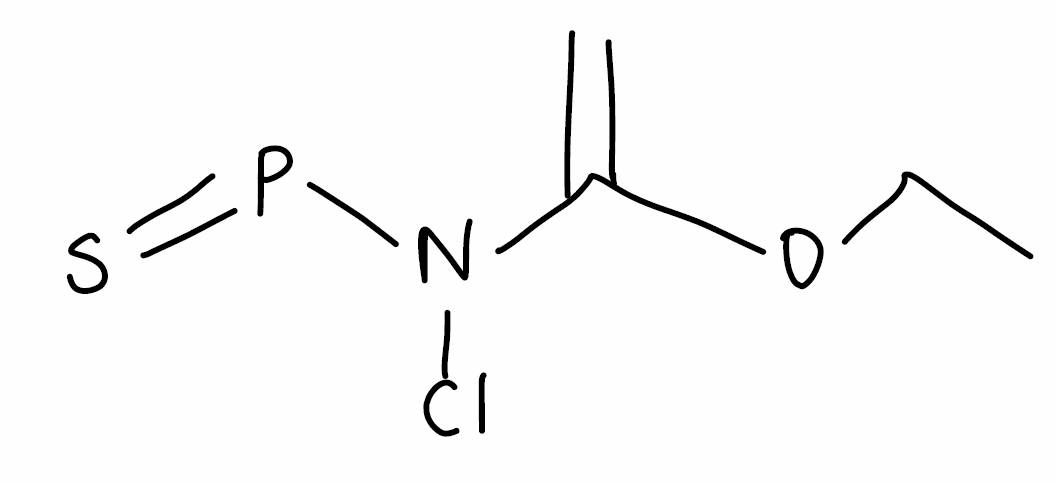
Simplified molecular-input line-entry system (SMILES) notation of the given molecule:
CCOC(=C)N(P=S)Cl